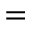
=